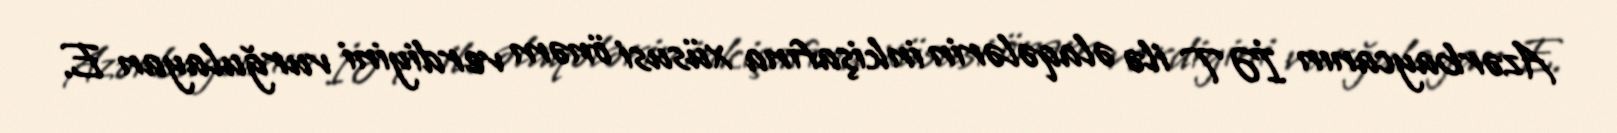
Azərbaycanın İƏT ilə əlaqələrin inkişafına xüsusi önəm verdiyini vurğulayan E.